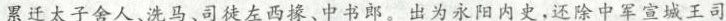
累迁太子舍人、洗马、司徒左西掾、中书郎。出为永阳内史，还除中军宣城王司